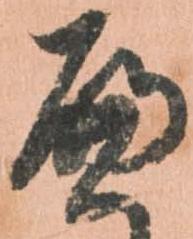
へ